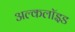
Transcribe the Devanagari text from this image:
अल्कलॉइड